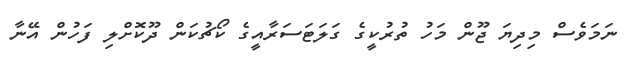
ނަމަވެސް މިދިޔަ ޖޫން މަހު ތުރުކީގެ ގަލަޓަސަރާއީގެ ކޯޗުކަން ދޫކޮށްލި ފަހުން އޭނާ